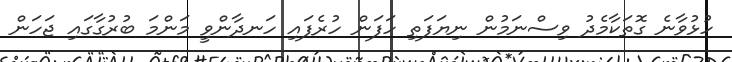
ހުޅުވާނެ ގޮތަކާމެދު ވިސްނަމުން ނިޔަފަތި ހަފަން ހުރެފައި ހަނދާންވީ މަންމަ ބުރުގާގައި ޖަހަން